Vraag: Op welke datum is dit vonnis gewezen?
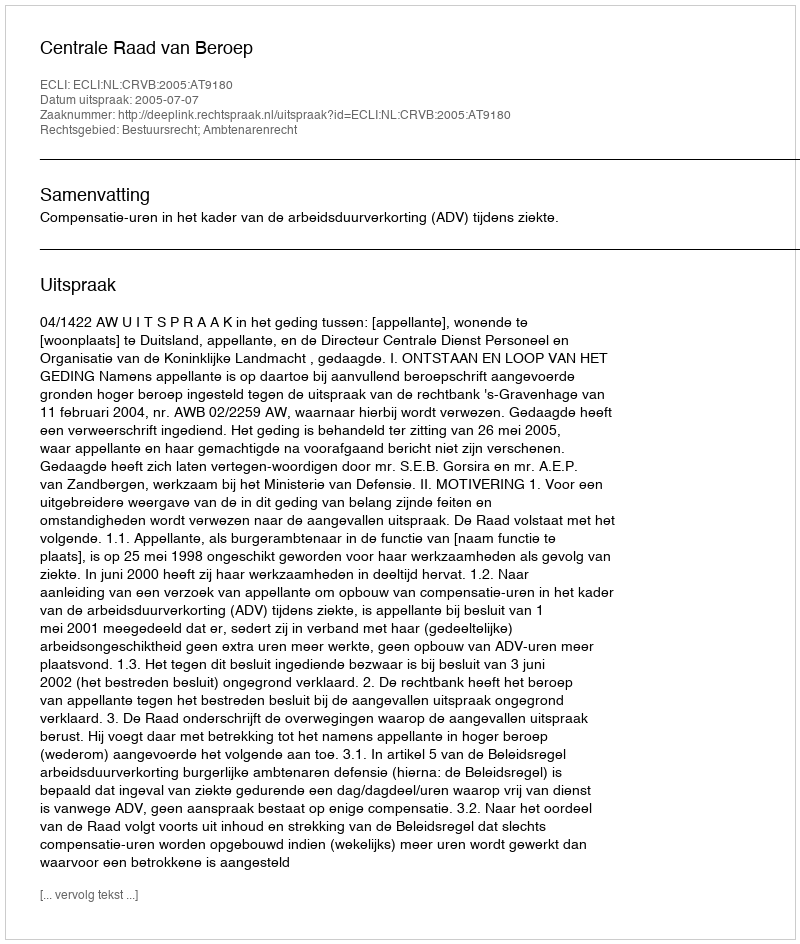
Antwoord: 2005-07-07